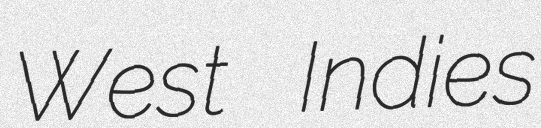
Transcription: West Indies